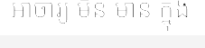
អាចារ្យ មិន មាន ក្នុង